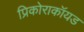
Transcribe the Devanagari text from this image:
प्रिकोराकॉयड